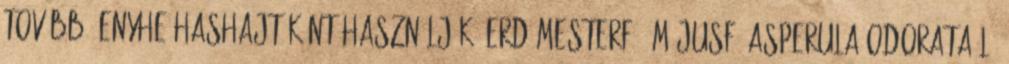
továbbá enyhe hashajtóként használják. Erdőmesterfű, májusfű Asperula odorata L.